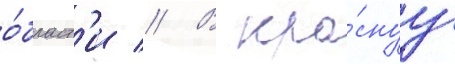
о́бласт'и // В кра́снуу